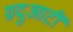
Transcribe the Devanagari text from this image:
ग्रदुआटीं